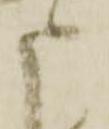
申